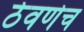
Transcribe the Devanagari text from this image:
ठेवणेच